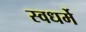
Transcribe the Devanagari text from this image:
स्वधर्मे